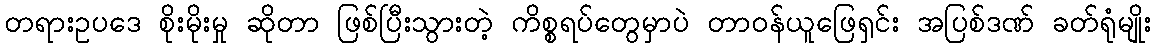
တရားဥပဒေ စိုးမိုးမှု ဆိုတာ ဖြစ်ပြီးသွားတဲ့ ကိစ္စရပ်တွေမှာပဲ တာဝန်ယူဖြေရှင်း အပြစ်ဒဏ် ခတ်ရုံမျိုး